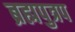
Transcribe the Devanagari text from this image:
ब्रह्मपुत्रप